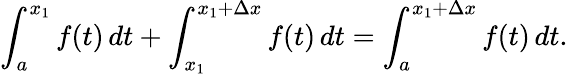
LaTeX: \int_{a}^{x_{1}}f(t)\, dt+\int_{x_{1}}^{x_{1}+\Delta x}f(t)\, dt=\int_{a}^{x_{1}+\Delta x}f(t)\, dt.